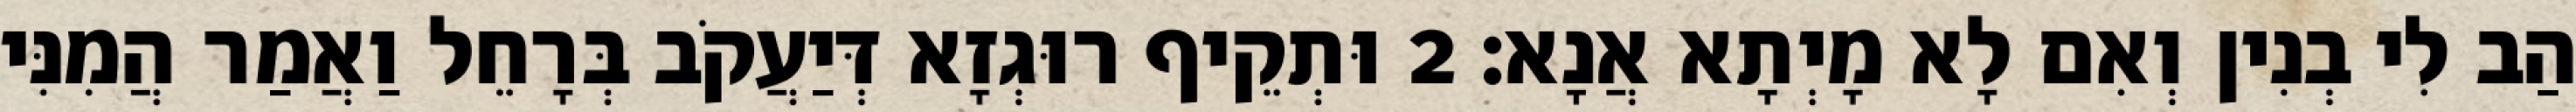
הַב לִי בְנִין וְאִם לָא מָיְתָא אֲנָא׃ 2 וּתְקֵיף רוּגְזָא דְּיַעֲקֹב בְּרָחֵל וַאֲמַר הֲמִנִּי